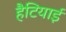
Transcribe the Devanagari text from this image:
हैटियाई